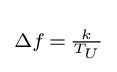
\scriptstyle \Delta f\,=\,{\frac {k}{T_{U}}}